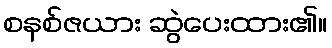
စနစ်ဇယား ဆွဲပေးထား၏။